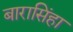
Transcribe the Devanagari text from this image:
बारासिंहा